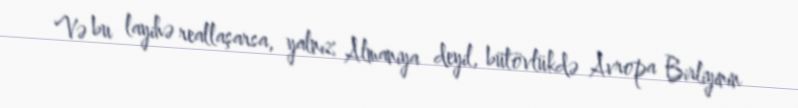
Və bu layihə reallaşarsa, yalnız Almaniya deyil, bütövlükdə Avropa Birliyinin